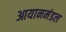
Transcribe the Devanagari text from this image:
आयानमंडल